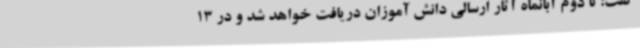
گفت: تا دوم آبانماه آثار ارسالی دانش آموزان دریافت خواهد شد و در 13